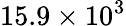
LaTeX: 15.9\times 10^{3}